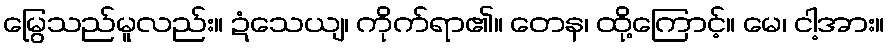
မြွေသည်မူလည်း။ ဍံသေယျ၊ ကိုက်ရာ၏။ တေန၊ ထို့ကြောင့်။ မေ၊ ငါ့အား။